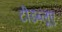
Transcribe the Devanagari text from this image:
टीडब्लूए